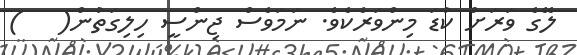
ލޭގެ ވަރަށް ކުޑަ މިންވަރެކެވެ. ނަމަވެސް ޖިންސީ ހިލިގަތުން(   )